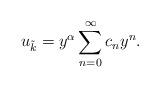
LaTeX: \begin{align*}u_{\tilde{k}} = y^{\alpha} \sum_{n=0}^{\infty} c_n y^n.\end{align*}